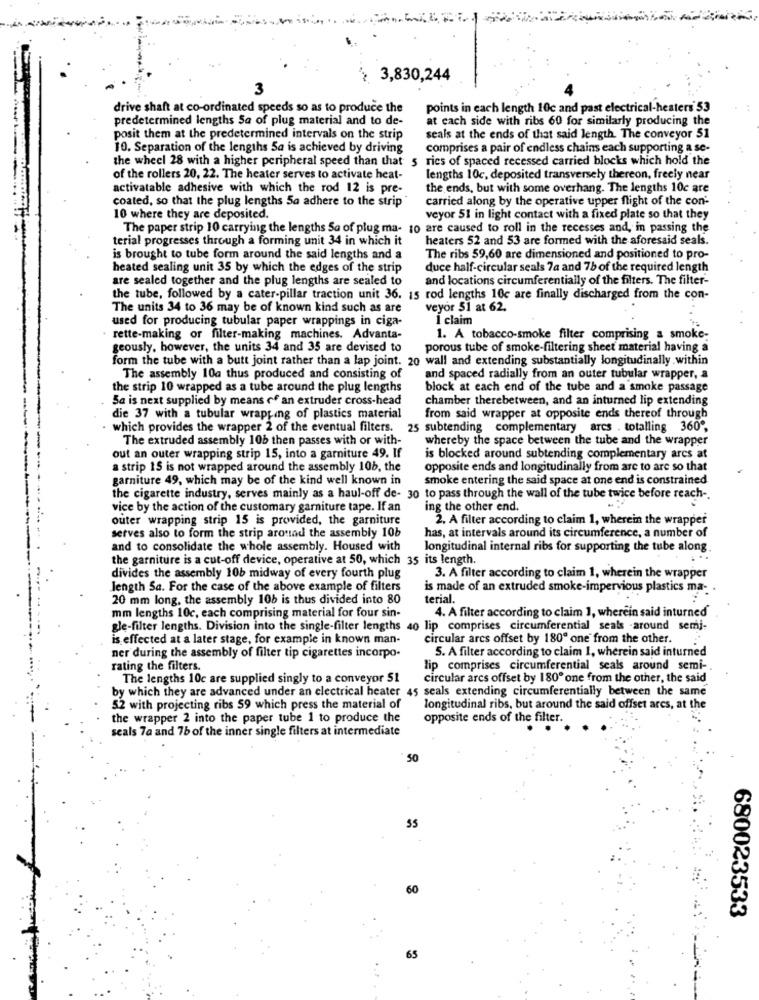
'¿ 3,830,244
3
drive shaft at co-ordinated speeds so as to produce the
points in each length 10c and past electrical-heaters 53
predetermined lengths 5a of plug material and to de-
at each side with ribs 60 for similarly producing the
posit them at the predetermined intervals on the strip
seals at the ends of that said length. The conveyor 51
10. Separation of the lengths 5a is achieved by driving
comprises a pair of endless chains each supporting a se-
the wheel 28 with a higher peripheral speed than that 5 rics of spaced recessed carried blocks which hold the
of the rollers 20, 22. The heater serves to activate heat-
lengths 10c, deposited transversely thereon, freely near
activatable adhesive with which the rod 12 is pre-
the ends, but with some overhang. The lengths 10c are
...
coated, so that the plug lengths 5a adhere to the strip
carried along by the operative upper flight of the con'-
10 where they are deposited.
veyor 51 in light contact with a fixed plate so that they
The paper strip 10 carrying the lengths Sa of plug ma- 10 are caused to roll in the recesses and, in passing the
terial progresses through a forming unit 34 in which it
heaters 52 and 53 are formed with the aforesaid seals.
is brought to tube form around the said lengths and a
The ribs 59,60 are dimensioned and positioned to pro-
heated sealing unit 35 by which the edges of the strip
duce half-circular seals 7a and 7b of the required length
are sealed together and the plug lengths are sealed to
and locations circumferentially of the filters. The filter-
the tube, followed by a cater-pillar traction unit 36. 15 rod lengths 10c are finally discharged from the con-
The units 34 to 36 may be of known kind such as are
veyor 51 at 62.
used for producing tubular paper wrappings in ciga-
I claim
· rette-making or filter-making machines. Advanta-
1. A tobacco-smoke filter comprising a smoke-
geously, however, the units 34 and 35 are devised to
porous tube of smoke-filtering sheet material having a
form the tube with a butt joint rather than a lap joint. 20 wall and extending substantially longitudinally within
The assembly 10a thus produced and consisting of
and spaced radially from an outer tubular wrapper, a
the strip 10 wrapped as a tube around the plug lengths
block at each end of the tube and a smoke passage
Sa is next supplied by means of an extruder cross-head
chamber therebetween, and an inturned lip extending
die 37 with a tubular wrapping of plastics material
from said wrapper at opposite ends thereof through
which provides the wrapper 2 of the eventual filters. 25 subtending complementary arcs . totalling 360",
The extruded assembly 10b then passes with or with-
whereby the space between the tube and the wrapper
out an outer wrapping strip 15, into a garniture 49. If
is blocked around subtending complementary ares at
a strip 15 is not wrapped around the assembly 10b, the
opposite ends and longitudinally from are to are so that
garniture 49, which may be of the kind well known in
smoke entering the said space at one end is constrained
the cigarette industry, serves mainly as a haul-off de- 30 to pass through the wall of the tube twice before reach -.
vice by the action of the customary garniture tape. If an
ing the other end.
outer wrapping strip 15 is provided, the garniture
2. A filter according to claim 1, wherein the wrapper
serves also to form the strip around the assembly 10b
has, at intervals around its circumference, a number of
and to consolidate the whole assembly. Housed with
longitudinal internal ribs for supporting the tube along.
the garniture is a cut-off device, operative at 50, which 35 its length.
divides the assembly 10b midway of every fourth plug
3. A filter according to claim 1, wherein the wrapper
length Sa. For the case of the above example of filters
is made of an extruded smoke-impervious plastics ma-
20 mm long, the assembly 10b is thus divided into 80
terial.
mm lengths 10c, each comprising material for four sin-
4. A filter according to claim 1, wherein said inturned
gle-filter lengths. Division into the single-filter lengths 40 lip comprises circumferential seals -around semi-
is effected at a later stage, for example in known man-
circular arcs offset by 180º one from the other.
5. A filter according to claim 1, wherein said inturned
ner during the assembly of filter tip cigarettes incorpo-
rating the filters.
lip comprises circumferential seals around semi-
The lengths 10c are supplied singly to a conveyor 51
circular arcs offset by 180º one from the other, the said
by which they are advanced under an electrical heater 45 seals extending circumferentially between the same
52 with projecting ribs 59 which press the material of
longitudinal ribs, but around the said offset ares, at the
the wrapper 2 into the paper tube 1 to produce the
opposite ends of the filter.
seals 7a and 7b of the inner single filters at intermediate
50
680023533
65